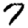
Digit: 7